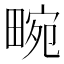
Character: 畹